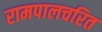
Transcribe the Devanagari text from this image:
रामपालचरित